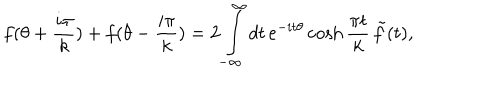
LaTeX: f ( \theta + \frac { i \pi } { k } ) + f ( \theta - \frac { i \pi } { k } ) = 2 \int _ { - \infty } ^ { \infty } d t \, e ^ { - i t \theta } \cosh \frac { \pi t } { k } \, \tilde { f } ( t ) ,